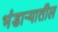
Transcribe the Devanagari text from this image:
भंडार्‍यातील